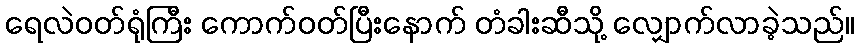
ရေလဲဝတ်ရုံကြီး ကောက်ဝတ်ပြီးနောက် တံခါးဆီသို့ လျှောက်လာခဲ့သည်။